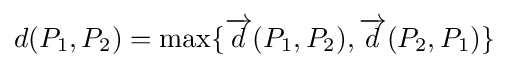
d(P_{1},P_{2})=\max\{{\overrightarrow {d}}(P_{1},P_{2}),{\overrightarrow {d}}(P_{2},P_{1})\}